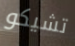
تشيكو